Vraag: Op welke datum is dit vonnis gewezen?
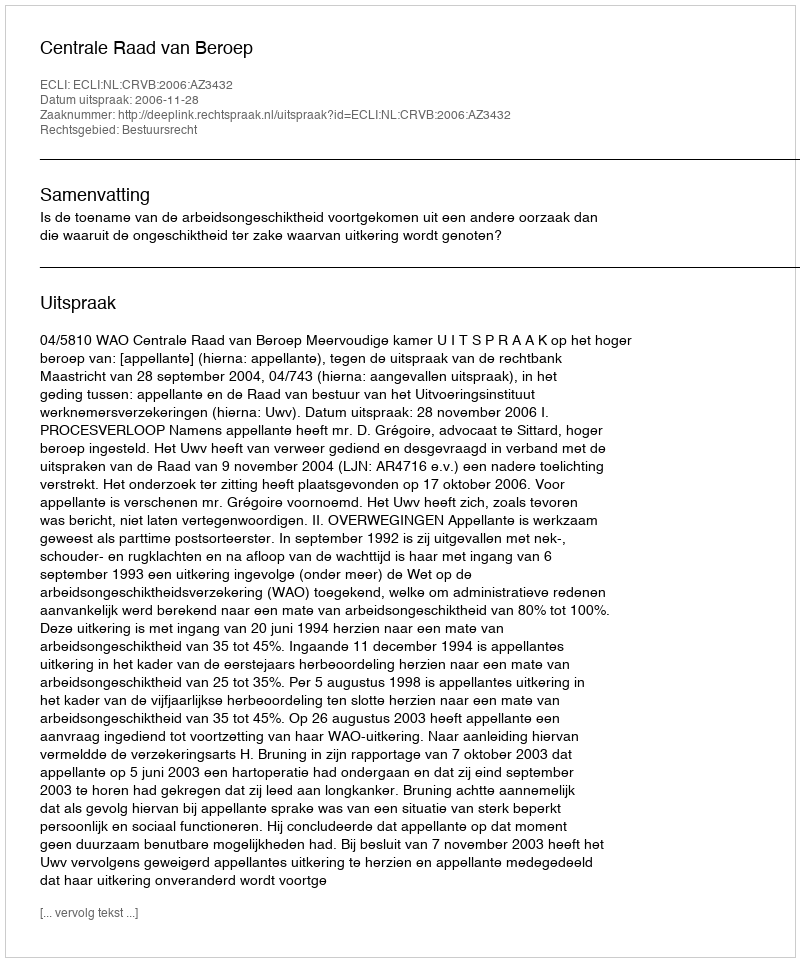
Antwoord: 2006-11-28